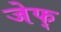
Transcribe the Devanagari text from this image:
जेफ्